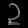
Digit: ၃